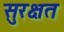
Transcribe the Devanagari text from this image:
सुरक्षत